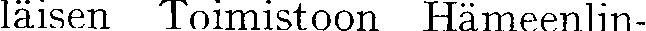
läisen Toimistoon Hämeenlin-